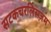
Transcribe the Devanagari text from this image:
सटकचरलिसज़म